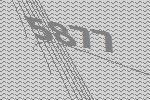
5877